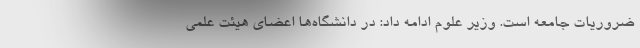
ضروریات جامعه است. وزیر علوم ادامه داد: در دانشگاه‌ها اعضای هیئت علمی